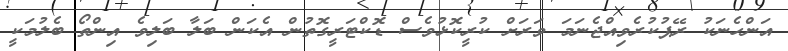
އަންހެނަކު ރޭޕުކުރެވިއްޖެނަމަ ވަރަށް ކުރީކޮޅުވެސް ޑޮކްޓަރީގޮތުން އެކަން ބަލާ ބަލިވެ އިންތޯ ބެލުމަކީ